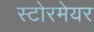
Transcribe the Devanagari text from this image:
स्टोरमेयर